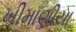
ખીમાણીયા